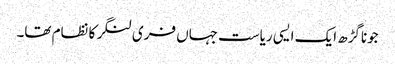
جوناگڑھ ایک ایسی ریاست جہاں فری لنگر کا نظام تھا۔